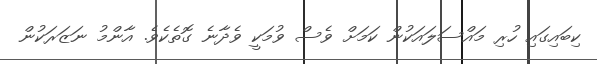
ކިބައިގައި ހުރި މައްސަލައަކުން ކަމަށް ވެސް ވުމަކީ ވެދާނެ ގޮތެކެވެ. އާންމު ނަޒަރަކުން